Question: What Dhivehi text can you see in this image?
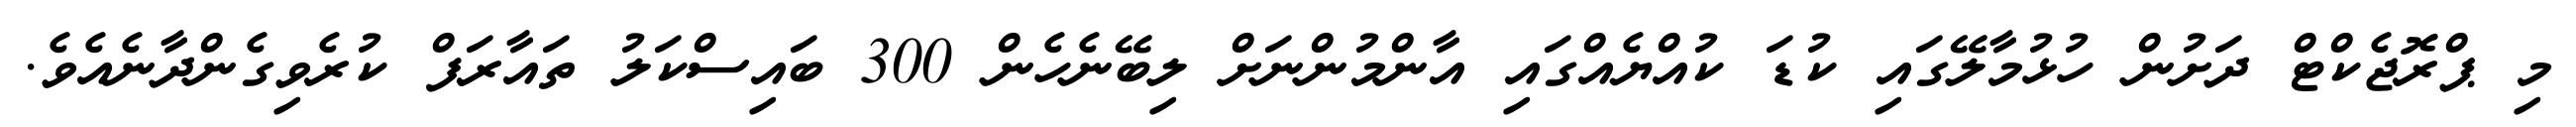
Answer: މި ޕްރޮޖެކްޓް ދަށުން ހުޅުމާލޭގައި ކުޑަ ކުއްޔެއްގައި އާންމުންނަށް ލިބޭނެހެން 300 ބައިސްކަލު ތައާރަފް ކުރެވިގެންދާނެއެވެ.